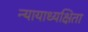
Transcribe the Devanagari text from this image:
न्यायाध्यक्षिता